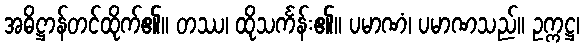
အဓိဋ္ဌာန်တင်ထိုက်၏။ တဿ၊ ထိုသင်္ကန်း၏။ ပမာဏံ၊ ပမာဏသည်။ ဥက္ကဋ္ဌ၊